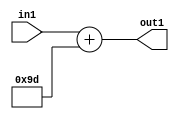
`timescale 1ps / 1ps
/*****************************************************************************
    Verilog RTL Description
    
    
    Created by: Stratus DpOpt 2019.1.01 
*******************************************************************************/

module DC_Filter_Add_12U_272_1 (
	in1,
	out1
	); /* architecture "behavioural" */ 
input [11:0] in1;
output [11:0] out1;
wire [11:0] asc001;

assign asc001 = 
	+(in1)
	+(12'B000010011101);

assign out1 = asc001;
endmodule

/* CADENCE  urnxTgA= : u9/ySgnWtBlWxVPRXgAZ4Og= ** DO NOT EDIT THIS LINE ******/